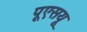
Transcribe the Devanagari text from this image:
पूएसयू